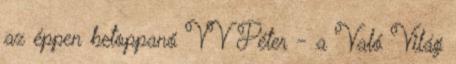
az éppen betoppanó VV Péter - a Való Világ